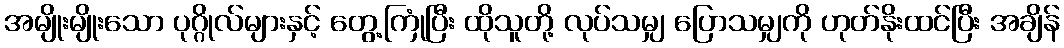
အမျိုးမျိုးသော ပုဂ္ဂိုလ်များနှင့် တွေ့ကြုံပြီး ထိုသူတို့ လုပ်သမျှ ပြောသမျှကို ဟုတ်နိုးထင်ပြီး အချိန်